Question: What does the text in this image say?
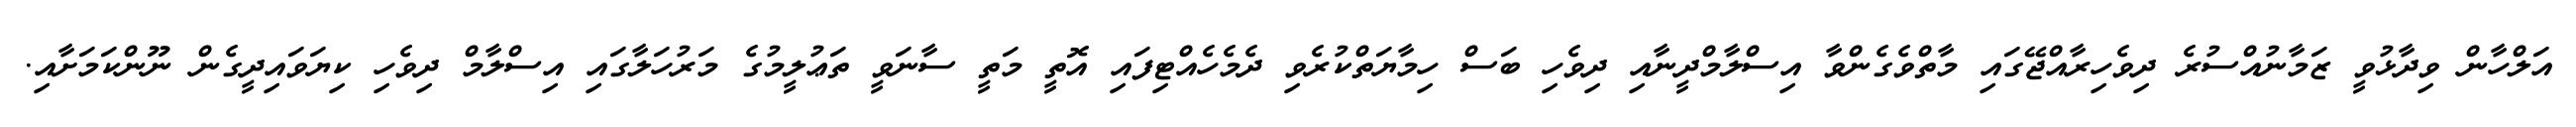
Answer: އަލްހާން ވިދާޅުވީ ޒަމާނުއްސުރެ ދިވެހިރާއްޖޭގައި މާތްވެގެންވާ އިސްލާމްދީނާއި ދިވެހި ބަސް ހިމާޔަތްކުރެވި ދެމެހެއްޓިފައި އޮތީ މަތީ ސާނަވީ ތަޢުލީމުގެ މަރުހަލާގައި އިސްލާމް ދިވެހި ކިޔަވައިދީގެން ނޫންކަމަށާއި.